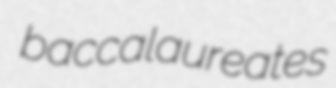
baccalaureates